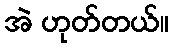
အဲ ဟုတ်တယ်။